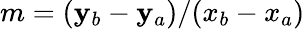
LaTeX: m=(\mathbf{y}_{b}-\mathbf{y}_{a})/(x_{b}-x_{a})